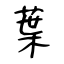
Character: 葉